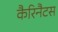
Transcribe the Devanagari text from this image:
कैरिनैटस